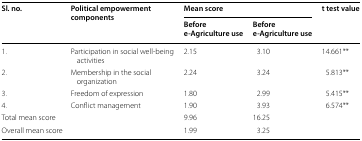
<table><thead><tr><td rowspan="2"><b>Sl. no.</b></td><td rowspan="2"><b>Political empowerment components</b></td><td colspan="2"><b>Mean score</b></td><td><b>t test value</b></td></tr><tr><td><b>Beforee-Agriculture use</b></td><td><b>Beforee-Agriculture use</b></td><td>[EMPTY_CELL]</td></tr></thead><tbody><tr><td>1.</td><td>Participation in social well-being activities</td><td>2.15</td><td>3.10</td><td>14.661**</td></tr><tr><td>2.</td><td>Membership in the social organization</td><td>2.24</td><td>3.24</td><td>5.813**</td></tr><tr><td>3.</td><td>Freedom of expression</td><td>1.80</td><td>2.99</td><td>5.415**</td></tr><tr><td>4.</td><td>Conflict management</td><td>1.90</td><td>3.93</td><td>6.574**</td></tr><tr><td colspan="2">Total mean score</td><td>9.96</td><td>16.25</td><td>[EMPTY_CELL]</td></tr><tr><td colspan="2">Overall mean score</td><td>1.99</td><td>3.25</td><td>[EMPTY_CELL]</td></tr></tbody></table>